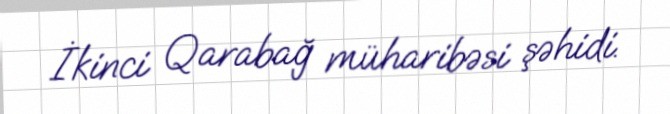
İkinci Qarabağ müharibəsi şəhidi.